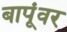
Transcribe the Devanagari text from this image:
बापूंवर